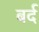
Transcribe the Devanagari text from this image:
बर्द